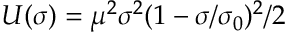
U ( \sigma ) = \mu ^ { 2 } \sigma ^ { 2 } ( 1 - \sigma / \sigma _ { 0 } ) ^ { 2 } / 2